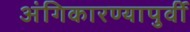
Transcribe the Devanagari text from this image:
अंगिकारण्यापुर्वी